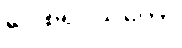
ဂေါစရပသုတော